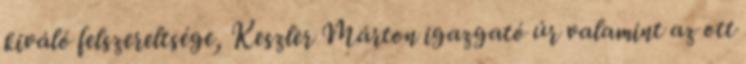
kiváló felszereltsége, Keszler Márton igazgató úr valamint az ott